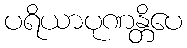
ပရိယာပုဏန္တိပေ